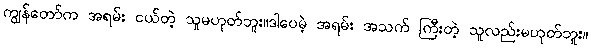
ကျွန်တော်က အရမ်း ငယ်တဲ့ သူမဟုတ်ဘူး။ဒါပေမဲ့ အရမ်း အသက် ကြီးတဲ့ သူလည်းမဟုတ်ဘူး။